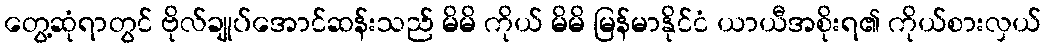
တွေ့ဆုံရာတွင် ဗိုလ်ချုပ်အောင်ဆန်းသည် မိမိ ကိုယ် မိမိ မြန်မာနိုင်ငံ ယာယီအစိုးရ၏ ကိုယ်စားလှယ်